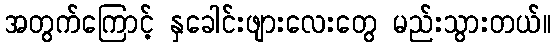
အတွက်ကြောင့် နှခေါင်းဖျားလေးတွေ မည်းသွားတယ်။